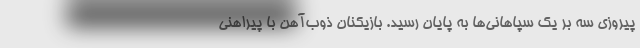
پیروزی سه بر یک سپاهانی‌ها به پایان رسید. بازیکنان ذوب‌آهن با پیراهنی